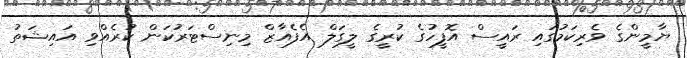
ޔާމީންގެ ވެރިކަމުގައި ރައީސް އޮފީހުގެ ކުރީގެ ލީގަލް އެފެއާޒް މިނިސްޓަރުކަން ކުރެއްވި އައިޝަތު